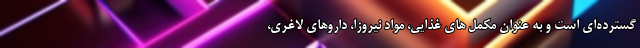
گسترده‌ای است و به عنوان مکمل های غذایی، مواد نیروزا، داروهای لاغری،